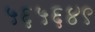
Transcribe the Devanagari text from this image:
५६५६४९